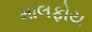
માલફોય